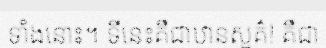
ទាំងនោះ។ ទីនេះគឺជាឋានសួគ៌! គឺជា